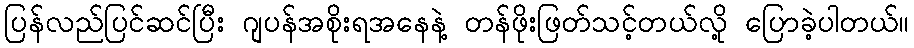
ပြန်လည်ပြင်ဆင်ပြီး ဂျပန်အစိုးရအနေနဲ့ တန်ဖိုးဖြတ်သင့်တယ်လို့ ပြောခဲ့ပါတယ်။